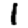
Digit: 1